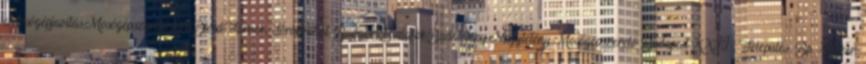
Mosógépjavítás,Mosógépszerelő,Érd,Diósd,Tárnok,Törökbálint, Budaörs,Budafok,Budatétény,Nagytétény,Mosógépszerelő Budapest XXII. . Település: Bp. XI. ker.